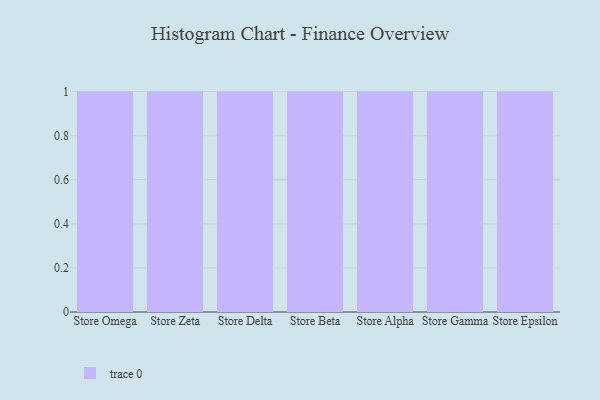
{"axis": {"x": "Store", "y": "Customer Acquisition Cost (USD)"}, "legend": [""], "data": [{"x": "Store Omega", "y": 96, "type": ""}, {"x": "Store Zeta", "y": 52, "type": ""}, {"x": "Store Delta", "y": 85, "type": ""}, {"x": "Store Beta", "y": 9, "type": ""}, {"x": "Store Alpha", "y": 45, "type": ""}, {"x": "Store Gamma", "y": 28, "type": ""}, {"x": "Store Epsilon", "y": 59, "type": ""}]}